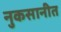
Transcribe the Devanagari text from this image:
नुकसानीत